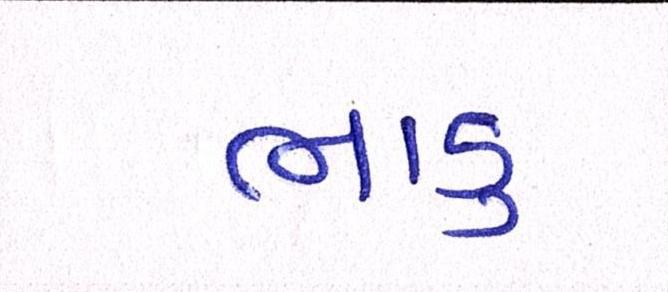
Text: ભાડુ